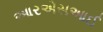
આરએસઆઈ